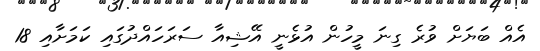
އެއް ބަޔަށް ވުރެ ގިނަ މީހުން އުޅެނީ އޭޝިއާ ސަރަހައްދުގައި ކަމަށާއި 18